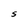
Character: S